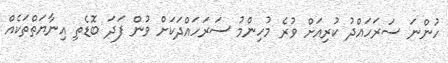
ހުންނަ ސަރަހައްދު ކުރިއަށް ވުރެ މުހިންމު ސަރަހައްދަކަށް ވުން ފަދަ ބޮޑެތި އިނާޔަތްތަކެއް